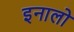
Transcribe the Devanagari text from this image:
इनालो